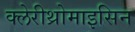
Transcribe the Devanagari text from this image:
क्लेरीथ्रोमाइसिन